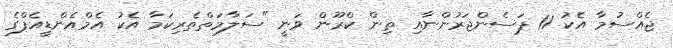
ޖެއްސުމާ އެކު 11 ޕަސެންޖަރުންނާއި ތިން ކްރޫން ވަނީ "ސަލާމަތްތެރިކަމާ އެކު އެމްއެންޑީއެފްގެ